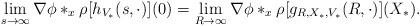
LaTeX: \begin{align*} \lim_{s\rightarrow \infty} \nabla \phi *_x \rho[h_{V_\ast}(s,\cdot)](0) = \lim_{R\rightarrow \infty} \nabla \phi *_x \rho[g_{R,X_\ast,V_\ast}(R,\cdot)](X_\ast).\end{align*}